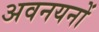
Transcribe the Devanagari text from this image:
अवनयनों